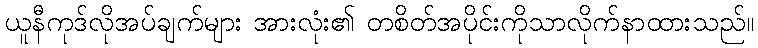
ယူနီကုဒ်လိုအပ်ချက်များ အားလုံး၏ တစိတ်အပိုင်းကိုသာလိုက်နာထားသည်။